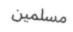
مسلمین